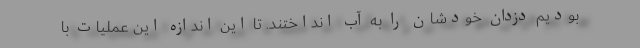
بودیم دزدان خودشان را به آب انداختند. تا این اندازه این عملیات با